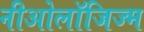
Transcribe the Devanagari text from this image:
नीओलॉजिज्म